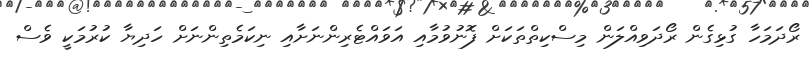
ރޯދަމަހާ ގުޅިގެން ރޯދަވިއްލަން މިސްކިތްތަކަށް ފޮނުވުމާއި އަވައްޓެރިންނަށާއި ނިކަމެތިންނަށް ހަދިޔާ ކުރުމަކީ ވެސް